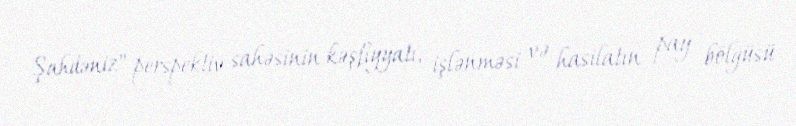
Şahdəniz" perspektiv sahəsinin kəşfiyyatı, işlənməsi və hasilatın pay bölgüsü